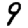
Digit: 9